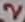
Text: 2